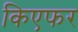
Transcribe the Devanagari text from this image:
किएफर